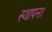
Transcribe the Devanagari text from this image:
स्थापन।